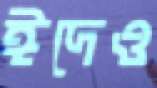
ঈদেও